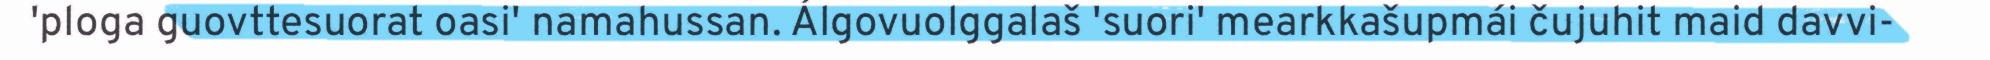
'ploga guovttesuorat oasi' namahussan. Álgovuolggalaš 'suori' mearkkašupmái čujuhit maid davvi-